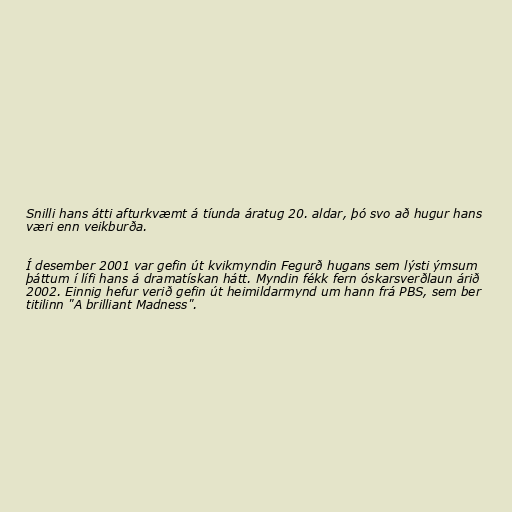
Snilli hans átti afturkvæmt á tíunda áratug 20. aldar, þó svo að hugur hans
væri enn veikburða.

Í desember 2001 var gefin út kvikmyndin Fegurð hugans sem lýsti ýmsum
þáttum í lífi hans á dramatískan hátt. Myndin fékk fern óskarsverðlaun árið
2002. Einnig hefur verið gefin út heimildarmynd um hann frá PBS, sem ber
titilinn "A brilliant Madness".